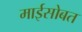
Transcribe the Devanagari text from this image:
माईसोबत